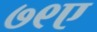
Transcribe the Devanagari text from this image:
७९ए